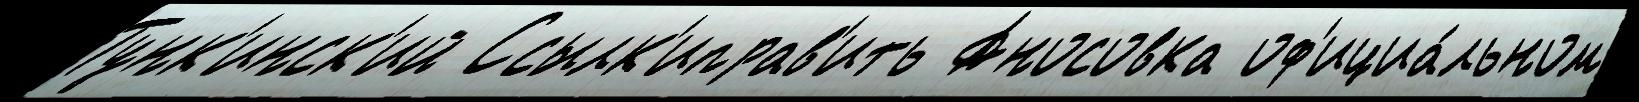
Тунк'инск'ий Ссылк'иправ'ить Аносовка оф'ициа́льном